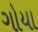
ગોયા